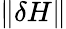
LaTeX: \Vert\delta H\Vert